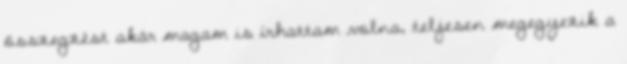
összegzést akár magam is í­rhattam volna, teljesen megegyezik a